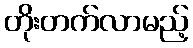
တိုးတက်လာမည့်